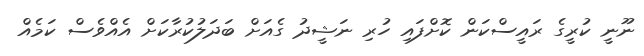
ނޫނީ ކުރީގެ ރައީސްކަން ކޮށްފައި ހުރި ނަޝީދު ގެއަށް ބަދަލުކުރާކަށް އެއްވެސް ކަމެއް